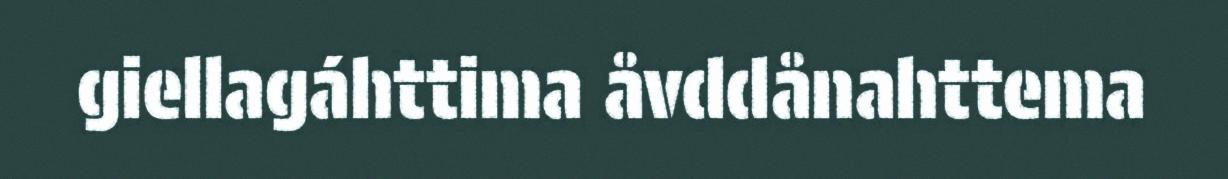
giellagáhttima åvddånahttema